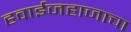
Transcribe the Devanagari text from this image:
हवाईजहाजाचा